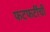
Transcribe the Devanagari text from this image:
फटफटींची